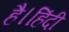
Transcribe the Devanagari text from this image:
है।हिंदी